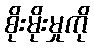
စိုးမိုးမှုကို